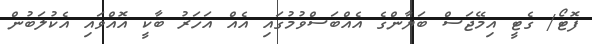
ފޮޓޯ/ ގެޓީ އިމޭޖަސް ބަޔާންގެ އެއްބަސްވުމުގައި އެއް އަހަރު ބާކީ އޮއްވައި އެކުލަބުން